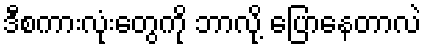
ဒီစကားလုံးတွေကို ဘာလို့ ပြောနေတာလဲ